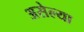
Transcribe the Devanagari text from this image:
असेल्या